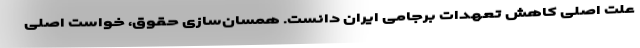
علت اصلی کاهش تعهدات برجامی ایران دانست‌. همسان‌سازی حقوق، خواست اصلی